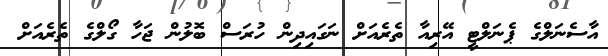
އާސެނަލްގެ ޕެނަލްޓީ އޭރިއާ ތެރެއަށް ނަގައިދިން ހުރަސް ބޮލުން ޖަހާ ގޯލްގެ ތެރެއަށް